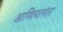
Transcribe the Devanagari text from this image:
आणित्यानंतर